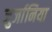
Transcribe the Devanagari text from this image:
जुर्जानिया